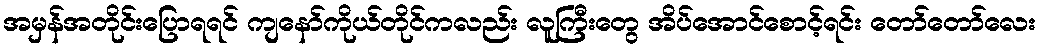
အမှန်အတိုင်းပြောရရင် ကျနော်ကိုယ်တိုင်ကလည်း လူကြီးတွေ အိပ်အောင်စောင့်ရင်း တော်တော်လေး